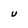
Character: U